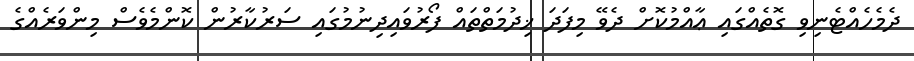
ދެމެހެއްޓެނިވި ގޮތެއްގައި ޢާއްމުކޮށް ދެވޭ މިފަދަ ޚިދުމަތްތައް ފޯރުވައިދިނުމުގައި ސަރުކާރުން ކޮންމެވެސް މިންވަރެއްގެ